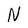
Character: N